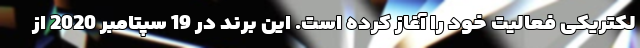
لکتریکی فعالیت خود را آغاز کرده است. این برند در 19 سپتامبر 2020 از